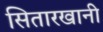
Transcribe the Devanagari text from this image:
सितारखानी